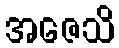
အဇေသိ